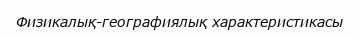
Физикалық-географиялық характеристикасы